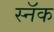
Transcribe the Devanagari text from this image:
स्नॅक